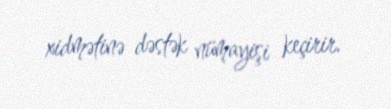
xidmətinə dəstək nümayişi keçirir.